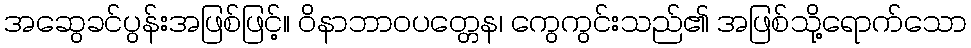
အဆွေခင်ပွန်းအဖြစ်ဖြင့်။ ဝိနာဘာဝပတ္တေန၊ ကွေကွင်းသည်၏ အဖြစ်သို့ရောက်သော